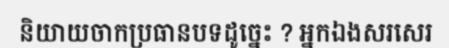
និយាយចាកប្រធានបទដូច្នេះ ? អ្នកឯងសរសេរ